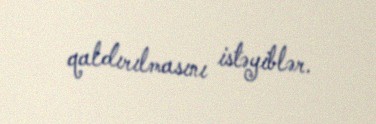
qaldırılmasını istəyiblər.